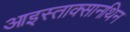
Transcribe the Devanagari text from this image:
आइस्ताक्सानथिन